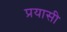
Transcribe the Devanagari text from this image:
प्रयासी